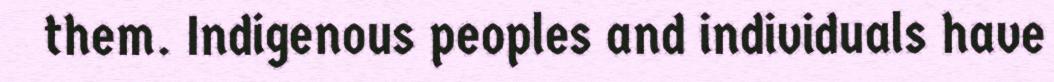
them. Indigenous peoples and individuals have